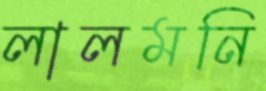
লালমনি